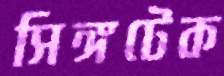
সিঙ্গটেক